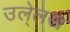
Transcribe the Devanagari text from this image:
उले्लख